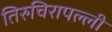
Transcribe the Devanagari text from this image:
तिरुचिरापल्‍ली